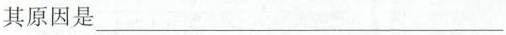
其原因是___